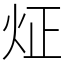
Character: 炡